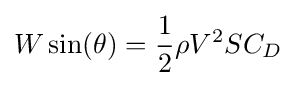
W\sin(\theta )={\frac {1}{2}}\rho V^{2}SC_{D}